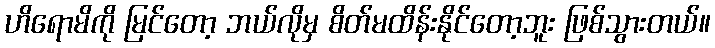
ဟိရောမိကို မြင်တော့ ဘယ်လိုမှ စိတ်မထိန်းနိုင်တော့ဘူး ဖြစ်သွားတယ်။